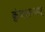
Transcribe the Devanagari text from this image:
कुंजरास्यम्